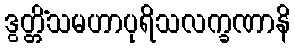
ဒွတ္တိံသမဟာပုရိသလက္ခဏာနိ